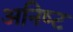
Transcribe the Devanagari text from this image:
अनिष्‍ट